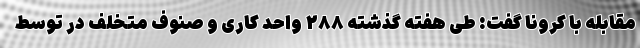
مقابله با کرونا گفت: طی هفته گذشته ۲۸۸ واحد کاری و صنوف متخلف در توسط